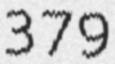
379